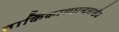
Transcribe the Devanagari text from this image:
तार्किकाश्छान्दसाश्चैव